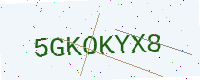
Text: 5GKOKYX8